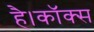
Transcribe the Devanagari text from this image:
है।कॉक्स